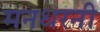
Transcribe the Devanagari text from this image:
मनधरनी